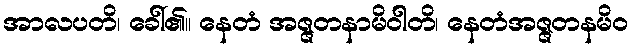
အာလပတိ၊ ခေါ်၏။ နေတံ အဇ္ဇတနာမိဝါတိ၊ နေတံအဇ္ဇတနမိဝ